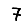
Digit: 7